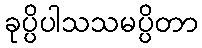
ခုပ္ပိပါသသမပ္ပိတာ